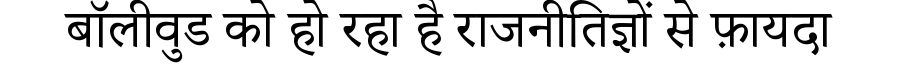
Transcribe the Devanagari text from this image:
बॉलीवुड को हो रहा है राजनीतिज्ञों से फ़ायदा